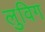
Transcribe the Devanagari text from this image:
लुविग